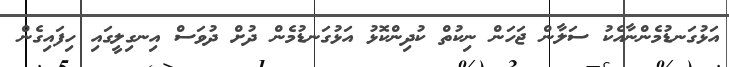
އަޅުގަނޑުމެންނާއެކު ސަލާން ޖަހަން ނިކުތް ކުދިންކޮޅު އަޅުގަނޑުމެން ދުށް ދުވަސް އިނގިލީގައި ހިފައިގެން